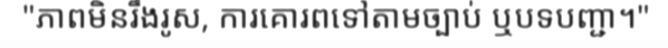
"ភាពមិនរឹងរូស, ការគោរពទៅតាមច្បាប់ ឬបទបញ្ជា។"